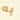
به